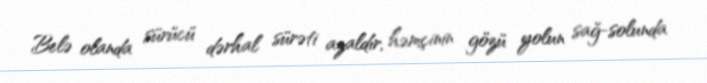
Belə olanda sürücü dərhal sürəti azaldır, həmçinin gözü yolun sağ-solunda